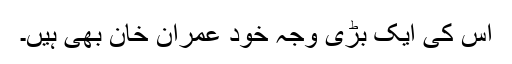
اس کی ایک بڑی وجہ خود عمران خان بھی ہیں۔